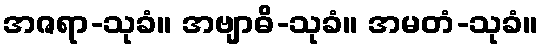
အဇရာ-သုခံ။ အဗျာဓိ-သုခံ။ အမတံ-သုခံ။